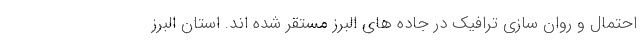
احتمال و روان سازی ترافیک در جاده های البرز مستقر شده اند. استان البرز